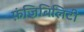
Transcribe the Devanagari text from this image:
फ़ंजिबिलिटी